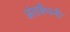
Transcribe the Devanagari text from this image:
अंतर्कंपनी